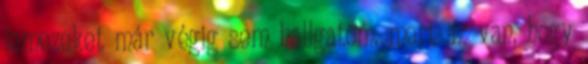
lemezeket már végig sem hallgatom, mert az van, hogy